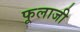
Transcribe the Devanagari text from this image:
फूलाजी